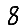
Digit: 8